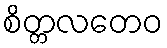
စိတ္တလတေဝ